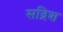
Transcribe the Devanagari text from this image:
सद्रिश